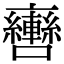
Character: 𨏯